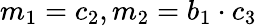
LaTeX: m_{1}=c_{2},m_{2}=b_{1}\cdot c_{3}